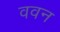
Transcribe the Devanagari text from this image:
ववन